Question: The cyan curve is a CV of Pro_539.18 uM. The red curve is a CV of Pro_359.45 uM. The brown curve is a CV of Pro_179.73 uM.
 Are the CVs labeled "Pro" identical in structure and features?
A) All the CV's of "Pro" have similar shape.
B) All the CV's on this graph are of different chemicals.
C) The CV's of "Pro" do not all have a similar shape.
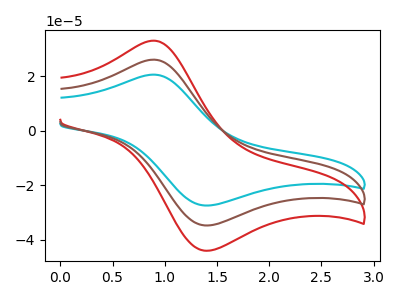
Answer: <think>The cyan curve "Pro_539.18 uM" has an anodic peak at (0.90V, 52.10uA) and a cathodic peak at (1.40V, -69.30uA). The red curve "Pro_359.45 uM" has an anodic peak at (0.90V, 33.00uA) and a cathodic peak at (1.40V, -43.90uA). The brown curve "Pro_179.73 uM" has an anodic peak at (0.90V, 26.05uA) and a cathodic peak at (1.40V, -34.65uA).
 All the peaks in "Pro_539.18 uM" have a peak in "Pro_359.45 uM" at the same potential. Every peak in "Pro_539.18 uM" is higher than every peak in "Pro_359.45 uM". All the peaks in "Pro_539.18 uM" have a peak in "Pro_179.73 uM" at the same potential. Every peak in "Pro_539.18 uM" is higher than every peak in "Pro_179.73 uM". All the peaks in "Pro_359.45 uM" have a peak in "Pro_179.73 uM" at the same potential. Every peak in "Pro_359.45 uM" is higher than every peak in "Pro_179.73 uM".</think>
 <answer>A) All the CV's of "Pro" have similar shape.</answer>
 <eval>A</eval>